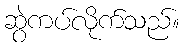
ဆွဲကပ်လိုက်သည်။